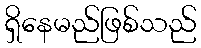
ရှိနေမည်ဖြစ်သည်